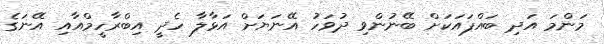
މަންމަ އަދި ބައްޕައަކަށް ބޭނުންވި ދުވަހު އޭނަޔަށް އަޅާލާ ހެދީ އިބްރާހީމްއާއި އޭނަގެ